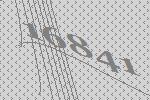
16841